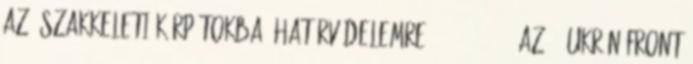
az Északkeleti-Kárpátokba, határvédelemre. 1944.03.24. - Az 1. Ukrán Front